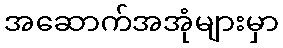
အဆောက်အအုံများမှာ